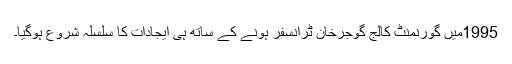
1995میں گورنمنٹ کالج گوجرخان ٹرانسفر ہونے کے ساتھ ہی ایجادات کا سلسلہ شروع ہوگیا۔